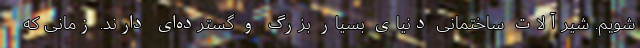
شویم. شیرآلات ساختمانی دنیای بسیار بزرگ و گسترده‌ای دارند. زمانی که